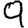
Digit: 9